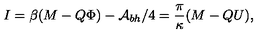
I = \beta ( M - Q \Phi ) - { \cal A } _ { b h } / 4 = \frac { \pi } { \kappa } ( M - Q U ) ,